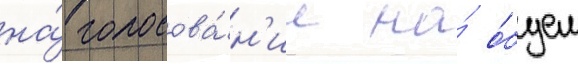
на́ голосова́н'ие на́ о́бщем